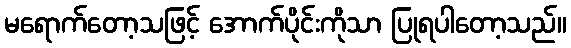
မရောက်တော့သဖြင့် အောက်ပိုင်းကိုသာ ပြုရပါတော့သည်။